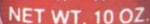
NET WT. 10 OZ.